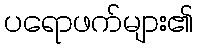
ပရောဖက်များ၏